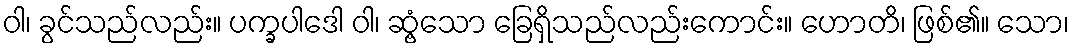
ဝါ၊ ခွင်သည်လည်း။ ပက္ခပါဒေါ ဝါ၊ ဆွံ့သော ခြေရှိသည်လည်းကောင်း။ ဟောတိ၊ ဖြစ်၏။ သော၊